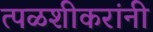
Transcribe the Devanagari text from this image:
त्पळशीकरांनी